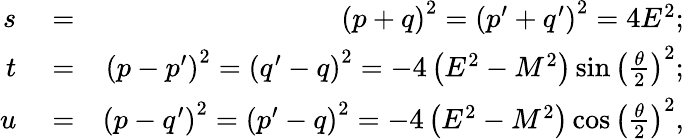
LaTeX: \begin{array}{rlr}{s}&{{}=}&{\left(p+q\right)^{2}=\left(p^{\prime}+q^{\prime}\right)^{2}=4E^{2};}\\ {t}&{{}=}&{\left(p-p^{\prime}\right)^{2}=\left(q^{\prime}-q\right)^{2}=-4\left(E^{2}-M^{2}\right)\sin\left(\frac{\theta}{2}\right)^{2};}\\ {u}&{{}=}&{\left(p-q^{\prime}\right)^{2}=\left(p^{\prime}-q\right)^{2}=-4\left(E^{2}-M^{2}\right)\cos\left(\frac{\theta}{2}\right)^{2},}\end{array}